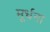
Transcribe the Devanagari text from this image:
मूर्धना